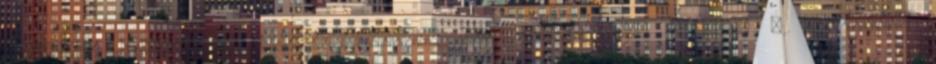
változás ígéretével diadalmaskodott egy elnökjelölt – csak a politikai